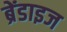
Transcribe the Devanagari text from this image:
ब्रेंडाइज